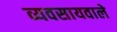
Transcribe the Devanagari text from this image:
व्यवसायवाले